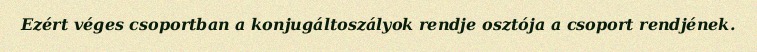
Ezért véges csoportban a konjugáltoszályok rendje osztója a csoport rendjének.